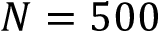
N = 5 0 0